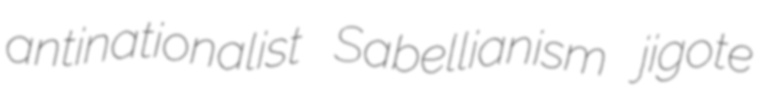
antinationalist Sabellianism jigote